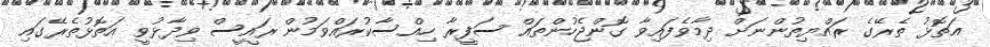
އަތޮޅު ތެރޭގެ ރައްޔިތުންނަށް ދިމާވެފައިވާ ގޮންޖެހުންތައް ސަފީރާ ހިއްސާކުރައްވަމުން ރައީސް ވިދާޅުވީ އަތޮޅުތެރޭގައި